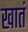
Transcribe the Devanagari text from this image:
खातं